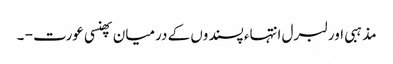
مذہبی اور لبرل انتہاء پسندوں کے درمیان پھنسی عورت - ۔